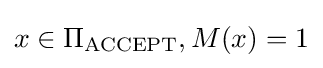
x\in \Pi _{\text{ACCEPT}},M(x)=1